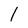
Character: 1